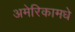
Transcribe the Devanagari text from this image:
अमेरिकामधे